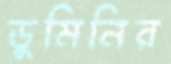
ডুমিনির